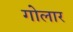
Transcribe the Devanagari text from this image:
गोलार